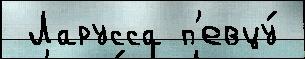
 Ларусса п'евцу́